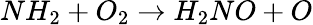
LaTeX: NH_{2}+O_{2}\rightarrow H_{2}NO+O